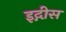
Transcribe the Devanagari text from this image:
इद्गीस